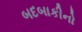
બદબાકીનો